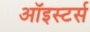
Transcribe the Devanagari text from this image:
ऑइस्टर्स